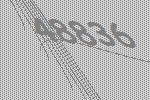
48836